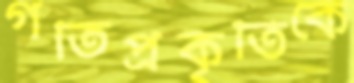
গতিপ্রকৃতিকে